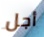
أجل